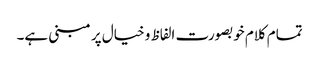
تمام کلام خوبصورت الفاظ و خیال پر مبنی ہے۔